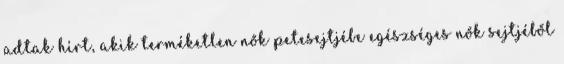
adtak hírt, akik terméketlen nők petesejtjébe egészséges nők sejtjéből